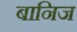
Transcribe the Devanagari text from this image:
बानिज